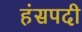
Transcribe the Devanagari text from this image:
हंसपदी